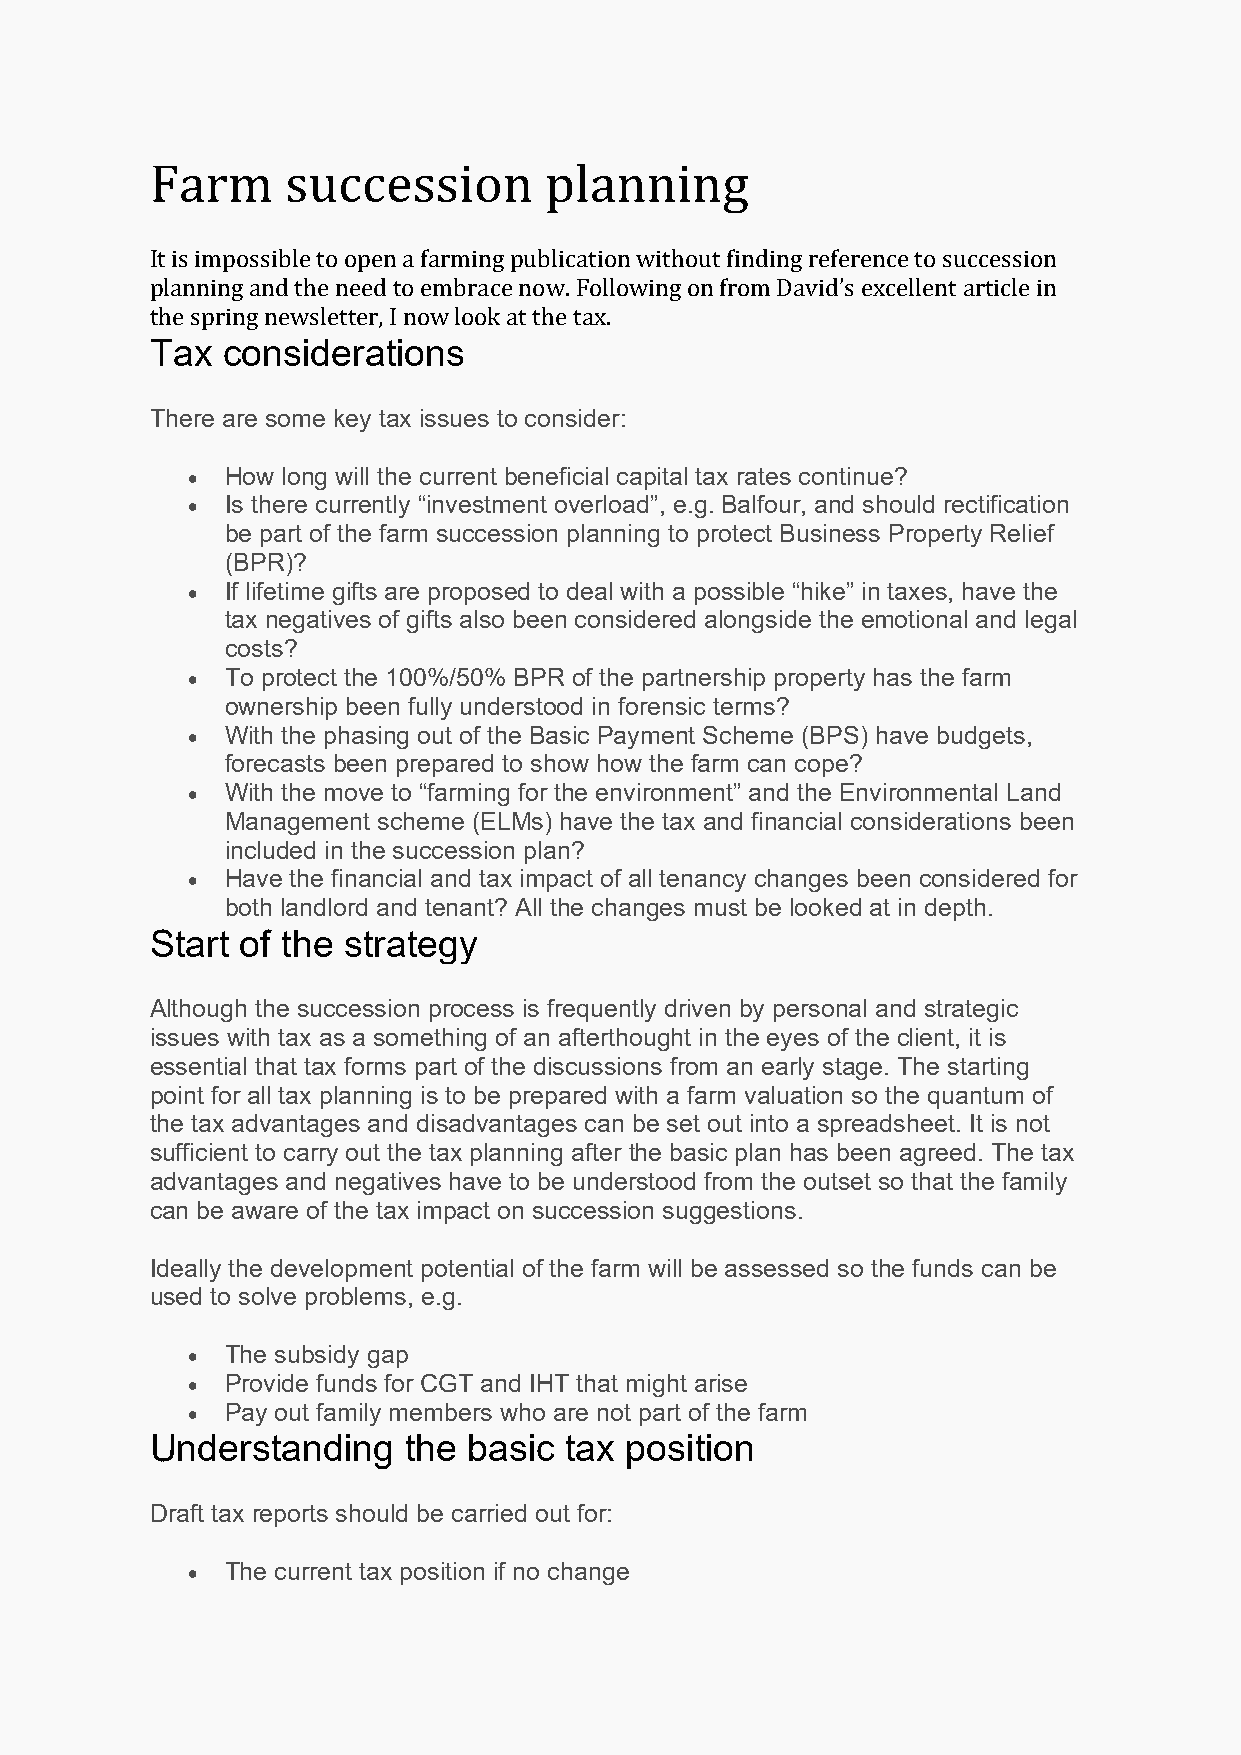
Farm     succession       planning
 It is impossible to open a farming publication without finding reference to succession
 planning and the need to embrace now. Following on from David’s excellent article in
 Tax  considerations
 the spring newsletter, I now look at the tax.
 There are some key tax issues to consider:
 •  How long will the current beneficial capital tax rates continue?
 •  Is there currently “investment overload”, e.g. Balfour, and should rectification
 be part of the farm succession planning to protect Business Property Relief
 (BPR)?
 •  If lifetime gifts are proposed to deal with a possible “hike” in taxes, have the
 tax negatives of gifts also been considered alongside the emotional and legal
 costs?
 •  To protect the 100%/50% BPR of the partnership property has the farm
 ownership been fully understood in forensic terms?
 •  With the phasing out of the Basic Payment Scheme (BPS) have budgets,
 forecasts been prepared to show how the farm can cope?
 •  With the move to “farming for the environment” and the Environmental Land
 Management scheme (ELMs) have the tax and financial considerations been
 included in the succession plan?
 •  Have the financial and tax impact of all tenancy changes been considered for
 both landlord and tenant? All the changes must be looked at in depth.
 Start of the strategy
 Although the succession process is frequently driven by personal and strategic
 issues with tax as a something of an afterthought in the eyes of the client, it is
 essential that tax forms part of the discussions from an early stage. The starting
 point for all tax planning is to be prepared with a farm valuation so the quantum of
 the tax advantages and disadvantages can be set out into a spreadsheet. It is not
 sufficient to carry out the tax planning after the basic plan has been agreed. The tax
 advantages and negatives have to be understood from the outset so that the family
 can be aware of the tax impact on succession suggestions.
 Ideally the development potential of the farm will be assessed so the funds can be
 used to solve problems, e.g.
 •  The subsidy gap
 •  Provide funds for CGT and IHT that might arise
 •  Pay out family members who are not part of the farm
 Understanding    the basic tax position
 Draft tax reports should be carried out for:
 •  The current tax position if no change